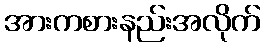
အားကစားနည်းအလိုက်